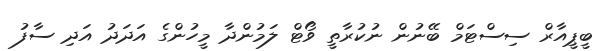
ބީޕީއާރް ސިސްޓަމް ބޭނުން ނުކުރާތީ ވޯޓް ލަމުންދާ މީހުންގެ އަދަދު އަދި ސާފު